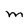
Character: M